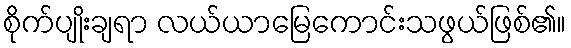
စိုက်ပျိုးချရာ လယ်ယာမြေကောင်းသဖွယ်ဖြစ်၏။